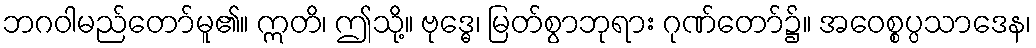
ဘဂဝါမည်တော်မူ၏။ ဣတိ၊ ဤသို့။ ဗုဒ္ဓေ၊ မြတ်စွာဘုရား ဂုဏ်တော်၌။ အဝေစ္စပ္ပသာဒေန၊